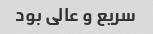
سریع و عالی بود